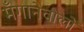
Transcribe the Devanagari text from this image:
मँगानेवालों